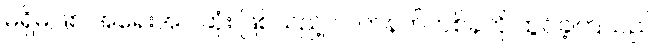
မရှိမဖြစ် အရေးအပါဆုံး ဖြစ်သည့် လက်နက်တစ်ခုကို ထွင်ခဲ့ကြသည်။